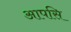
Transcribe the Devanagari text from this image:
आपसि